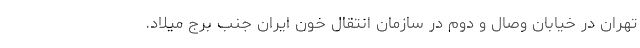
تهران در خیابان وصال و دوم در سازمان انتقال خون ایران جنب برج میلاد.